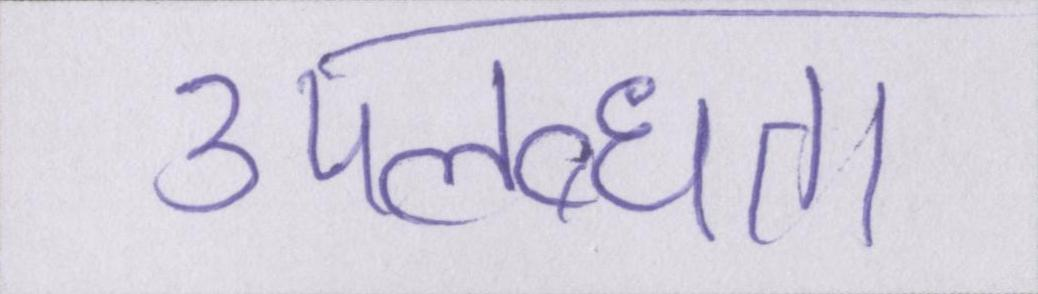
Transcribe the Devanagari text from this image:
उपलब्धता